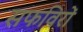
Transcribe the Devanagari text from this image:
सफविरों